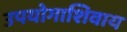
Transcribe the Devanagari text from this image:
उपयोगाशिवाय